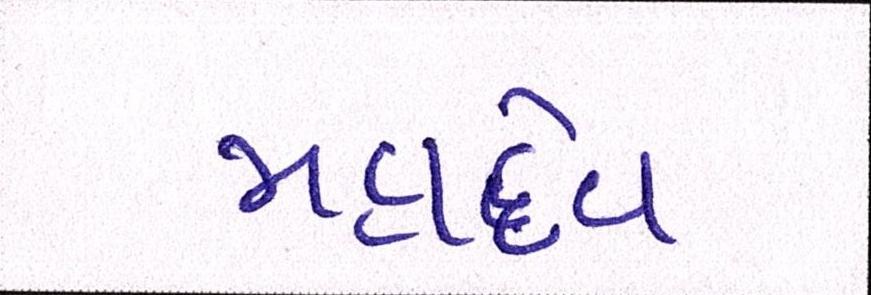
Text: મહાદેવ